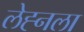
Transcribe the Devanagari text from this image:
लेह्नला